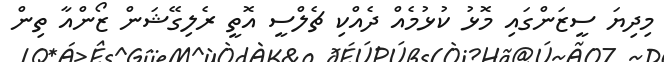
މިދިޔަ ސީޒަންގައި މޮޅު ކުޅުމެއް ދެއްކި ޗެލްސީ އޮތީ ރެލިގޭޝަން ޒޯންއާ ތިން